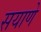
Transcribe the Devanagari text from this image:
सयाणे